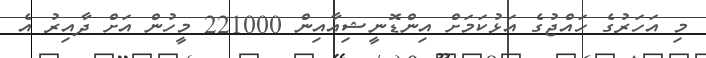
މި އަހަރުގެ ހައްޖުގެ އަޅުކަމަށް އިންޑޮނީޝިއާއިން 221000 މީހުން އަށް ދާއިރު އެ